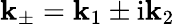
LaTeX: \mathbf{k}_{\pm}=\mathbf{k}_{1}\pm\mathrm{{i}}\mathbf{k}_{2}